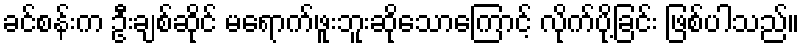
ခင်စန်းက ဦးချစ်ဆိုင် မရောက်ဖူးဘူးဆိုသောကြောင့် လိုက်ပို့ခြင်း ဖြစ်ပါသည်။